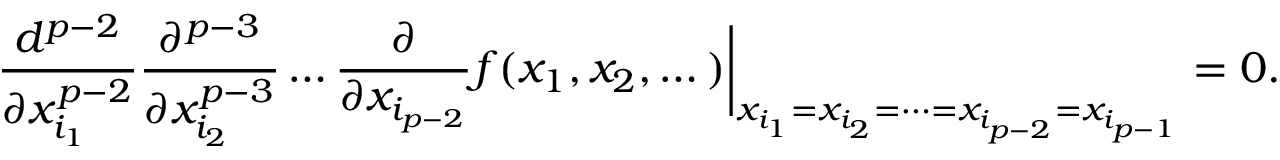
\frac { d ^ { p - 2 } } { \partial x _ { i _ { 1 } } ^ { p - 2 } } \frac { \partial ^ { p - 3 } } { \partial x _ { i _ { 2 } } ^ { p - 3 } } \dots \frac { \partial } { \partial x _ { i _ { p - 2 } } } f ( x _ { 1 } , x _ { 2 } , \dots ) \biggr | _ { x _ { i _ { 1 } } = x _ { i _ { 2 } } = \dots = x _ { i _ { p - 2 } } = x _ { i _ { p - 1 } } } = 0 .